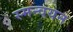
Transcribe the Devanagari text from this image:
स्मन्वयन